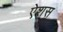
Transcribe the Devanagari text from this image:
ऐशस